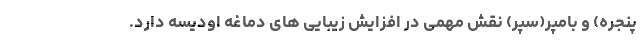
پنجره) و بامپر(سپر) نقش مهمی در افزایش زیبایی های دماغه اودیسه دارد.